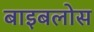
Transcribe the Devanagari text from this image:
बाइबलोस